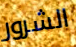
الشرور